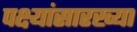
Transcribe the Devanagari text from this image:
पक्ष्यांसारख्या